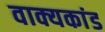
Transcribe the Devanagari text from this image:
वाक्यकांड